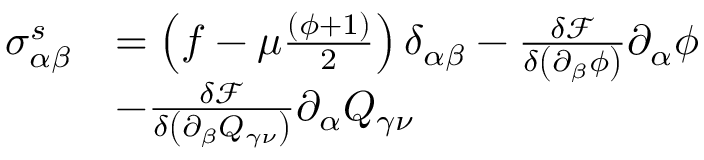
\begin{array} { r l } { \sigma _ { \alpha \beta } ^ { s } } & { = \left( f - \mu \frac { ( \phi + 1 ) } { 2 } \right) \delta _ { \alpha \beta } - \frac { \delta \mathcal { F } } { \delta \left( \partial _ { \beta } \phi \right) } \partial _ { \alpha } \phi } \\ & { - \frac { \delta \mathcal { F } } { \delta \left( \partial _ { \beta } Q _ { \gamma \nu } \right) } \partial _ { \alpha } Q _ { \gamma \nu } } \end{array}